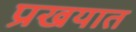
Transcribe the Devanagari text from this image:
प्रखयात